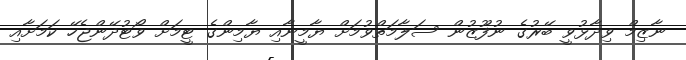
ނާޒިމް ވިދާޅުވީ ބޭރުގެ ނުފޫޒުން ސަލާމަތްވުމަށް ޔާމީނާއި ޔާމިންގެ ޓީމަށް ވޯޓުދޭންޖެހޭ ކަމަށާއި